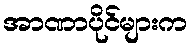
အာဏာပိုင်များက